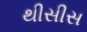
થીસીસ